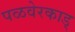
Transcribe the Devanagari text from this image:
पळवेरकाड्